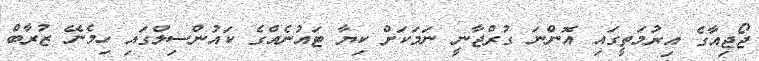
ޖޯޖިއާގެ އިރުމަތީގައި އޮންނަ ގުރްޖާނީ ނަމަކަށް ކިޔާ ޓައުނެއްގެ ކައުންސިލްގައި ހިމެނޭ ޒުރާބް